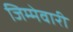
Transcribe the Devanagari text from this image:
जिम्‍मेवारी